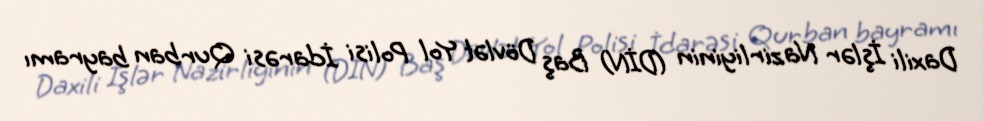
Daxili İşlər Nazirliyinin (DİN) Baş Dövlət Yol Polisi İdarəsi Qurban bayramı